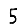
Digit: 5